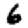
Digit: 6